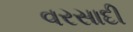
વરસાદી